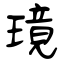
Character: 璄